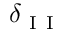
\delta _ { \mathrm { ~ I ~ I ~ } }